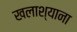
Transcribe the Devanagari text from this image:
खलाश्याना